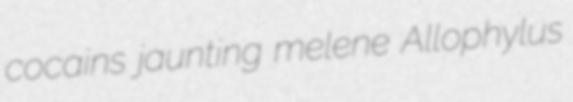
cocains jaunting melene Allophylus